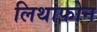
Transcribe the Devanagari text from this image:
लिथाफोन